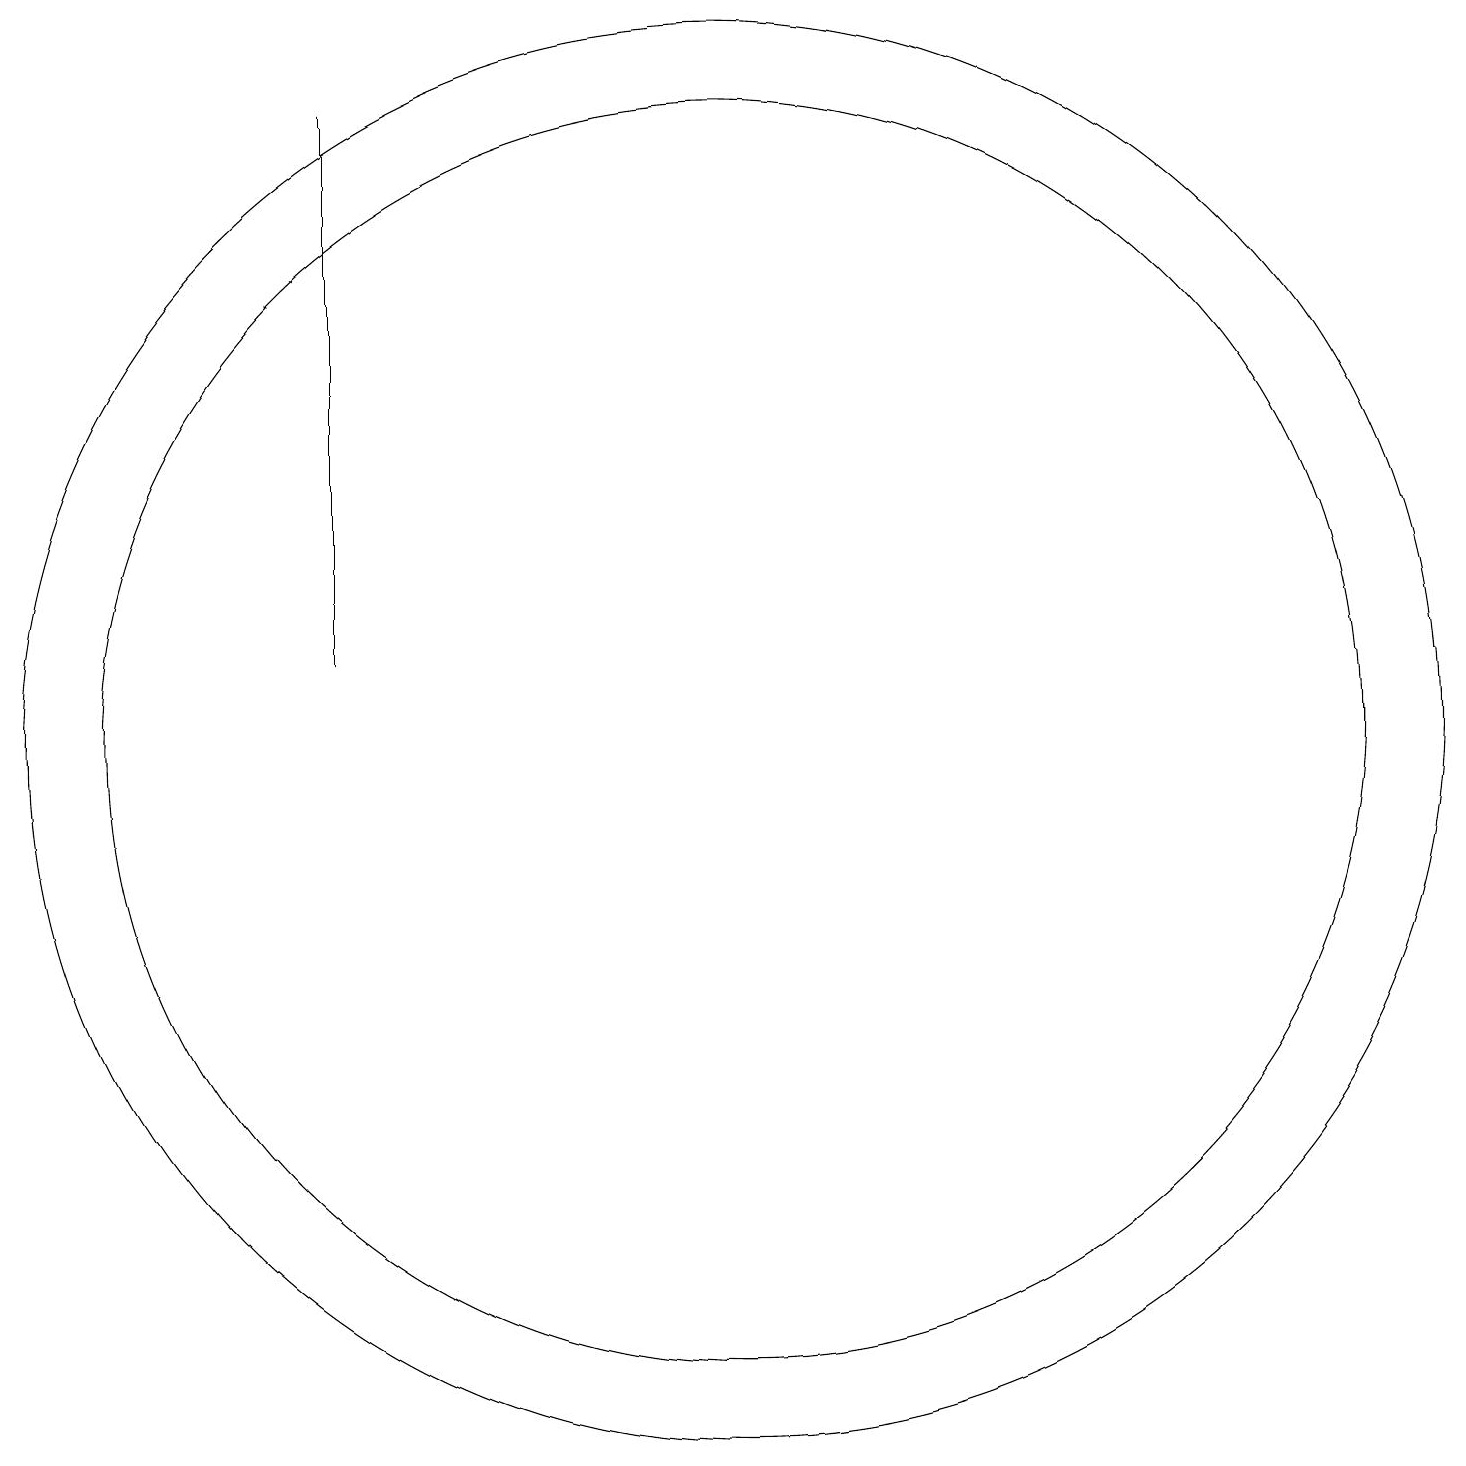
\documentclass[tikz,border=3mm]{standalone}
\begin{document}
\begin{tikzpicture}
\draw (11,10) circle (9);
\draw (6,11) rectangle (6,18);
\draw (11,10) circle (8);
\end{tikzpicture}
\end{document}